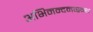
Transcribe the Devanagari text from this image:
अभिनन्दनग्रन्थ